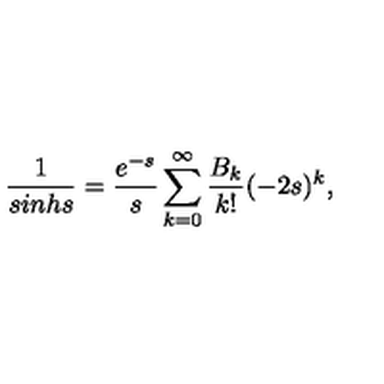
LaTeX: \frac { 1 } { s i n h s } = \frac { e ^ { - s } } { s } \sum _ { k = 0 } ^ { \infty } \frac { B _ { k } } { k ! } ( - 2 s ) ^ { k } ,